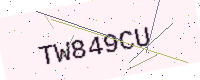
Text: TW849CU